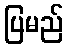
ပြမည်